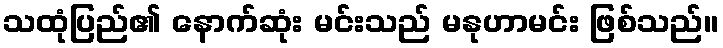
သထုံပြည်၏ နောက်ဆုံး မင်းသည် မနုဟာမင်း ဖြစ်သည်။